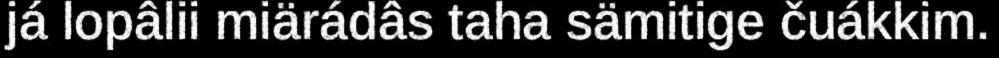
já lopâlii miärádâs taha sämitige čuákkim.